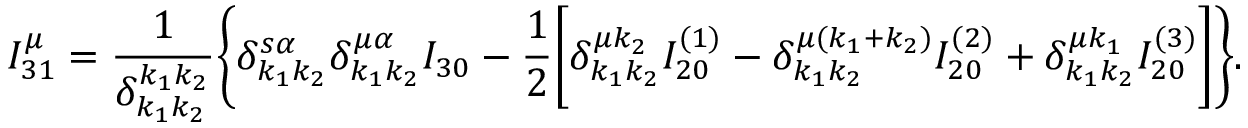
I _ { 3 1 } ^ { \mu } = \frac { 1 } { \delta _ { k _ { 1 } k _ { 2 } } ^ { k _ { 1 } k _ { 2 } } } \bigg \{ \delta _ { k _ { 1 } k _ { 2 } } ^ { s \alpha } \delta _ { k _ { 1 } k _ { 2 } } ^ { \mu \alpha } I _ { 3 0 } - \frac { 1 } { 2 } \bigg [ \delta _ { k _ { 1 } k _ { 2 } } ^ { \mu k _ { 2 } } I _ { 2 0 } ^ { ( 1 ) } - \delta _ { k _ { 1 } k _ { 2 } } ^ { \mu ( k _ { 1 } + k _ { 2 } ) } I _ { 2 0 } ^ { ( 2 ) } + \delta _ { k _ { 1 } k _ { 2 } } ^ { \mu k _ { 1 } } I _ { 2 0 } ^ { ( 3 ) } \bigg ] \bigg \} .